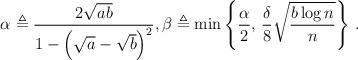
LaTeX: \begin{align*} \alpha \triangleq \frac{2 \sqrt{ab}}{1-\left(\sqrt{a}-\sqrt{b}\right)^2}, \beta \triangleq \min \left\{ \frac{\alpha}{2}, \, \frac{\delta}{8} \sqrt{\frac{ b \log n }{ n}} \right\}\, . \end{align*}